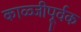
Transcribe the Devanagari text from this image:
काळ्जीपूर्वक